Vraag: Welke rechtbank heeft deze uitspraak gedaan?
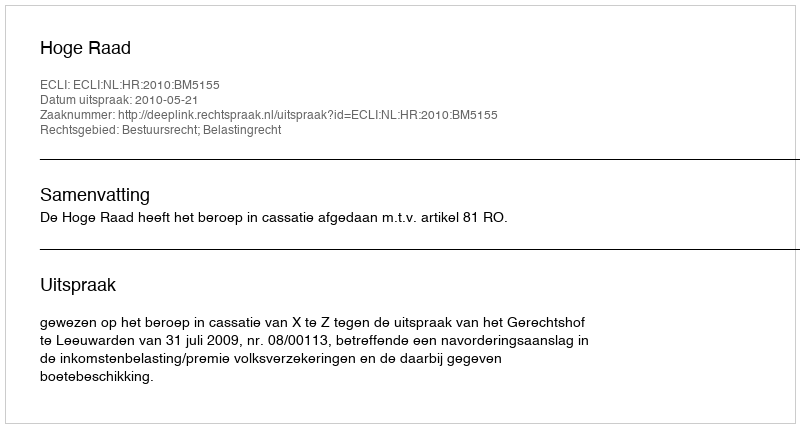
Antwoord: Hoge Raad